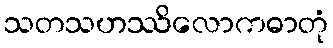
သတသဟဿိလောကဓာတုံ